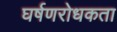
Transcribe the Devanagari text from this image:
घर्षणरोधकता